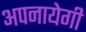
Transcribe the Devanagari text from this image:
अपनायेगी